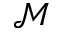
\mathcal { M }